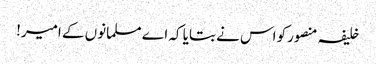
خلیفہ منصورکو اس نے بتایا کہ اے مسلمانوں کے امیر!